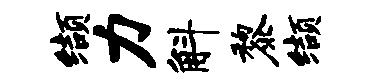
缬力斛黎缬